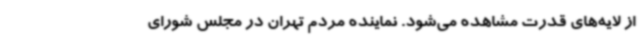
از لایه‌های قدرت مشاهده می‌شود. نماینده مردم تهران در مجلس شورای